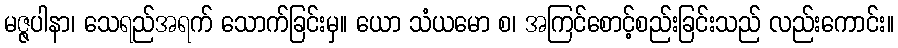
မဇ္ဇပါနာ၊ သေရည်အရက် သောက်ခြင်းမှ။ ယော သံယမော စ၊ အကြင်စောင့်စည်းခြင်းသည် လည်းကောင်း။